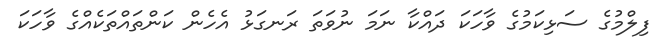
ފިލްމުގެ ސަޅިކަމުގެ ވާހަކަ ދައްކާ ނަމަ ނުވަތަ ރަނގަޅު އެހެން ކަންތައްތަކެއްގެ ވާހަކަ